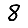
Digit: 8